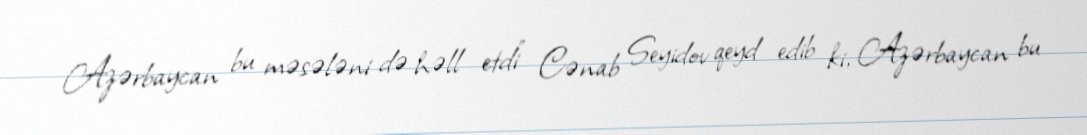
Azərbaycan bu məsələni də həll etdi" Cənab Seyidov qeyd edib ki, Azərbaycan bu